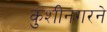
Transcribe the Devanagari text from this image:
कुशीनगरने